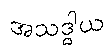
အသဒ္ဓါယ